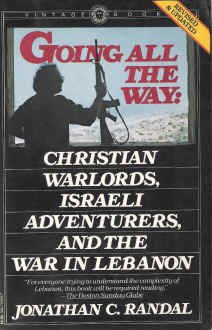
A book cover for Going All the Way: Christian Warloards, Israeli Adventurers, and the War in Lebanon; Jonathan C. Randal; History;